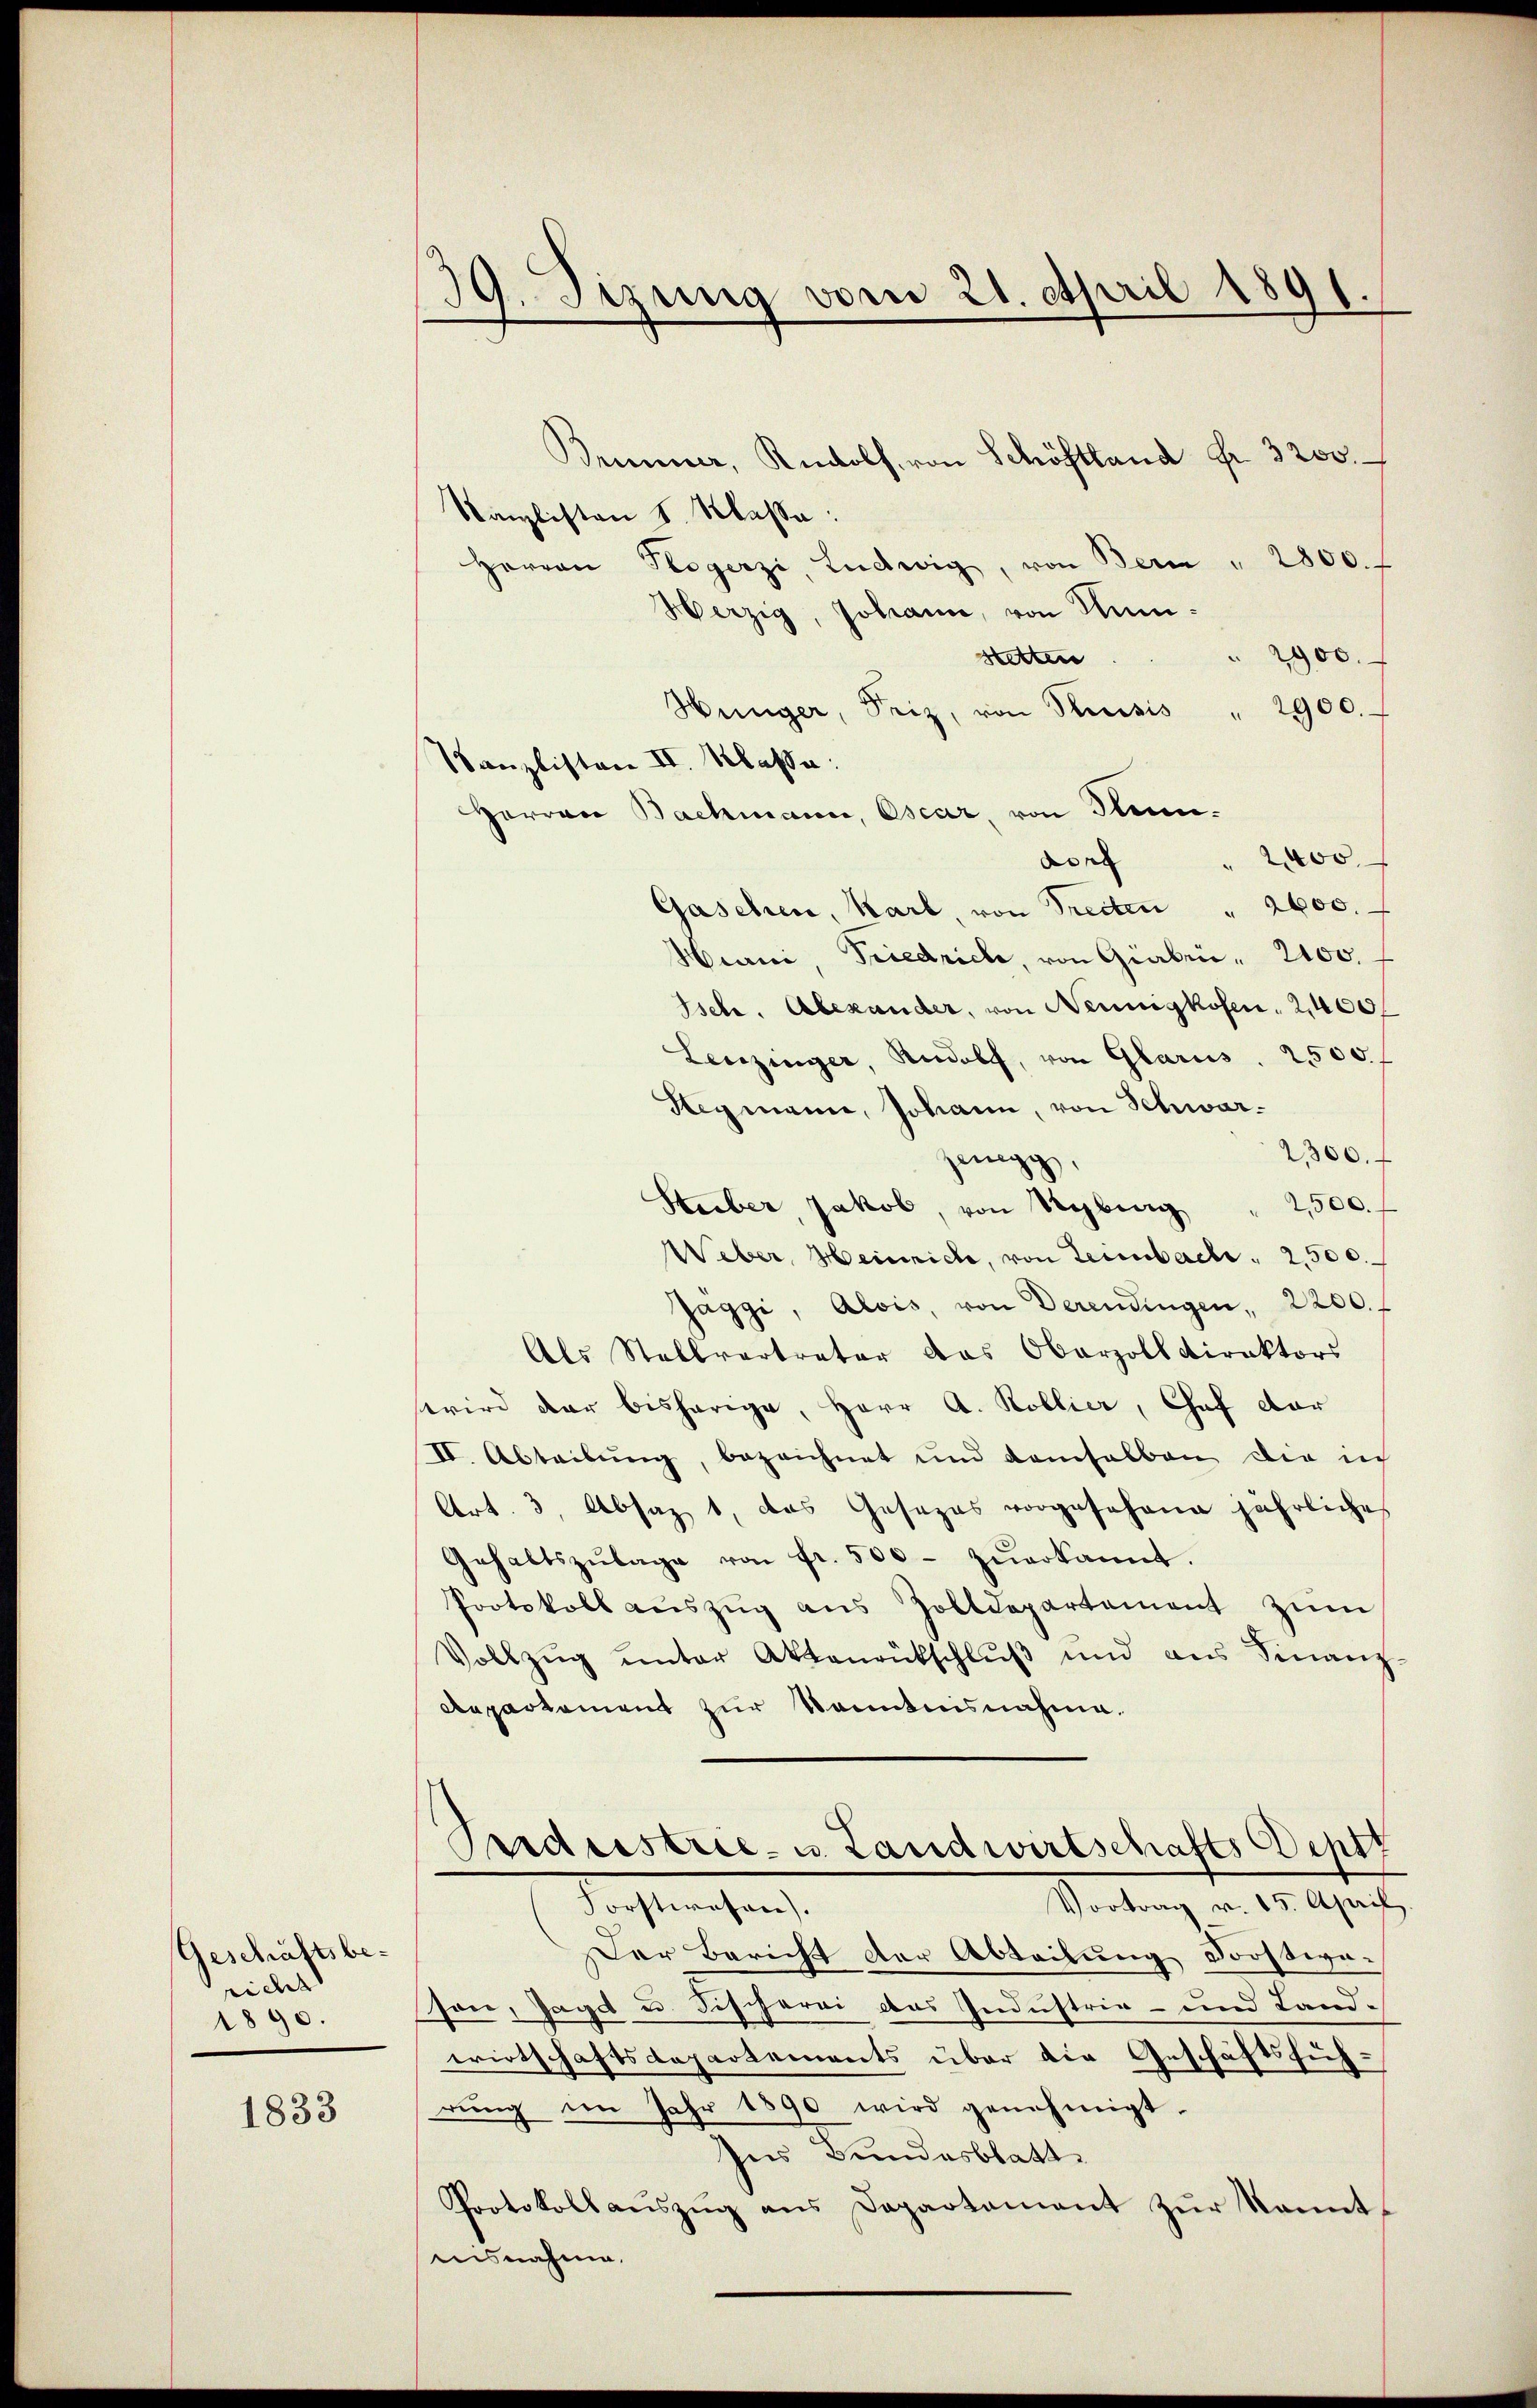
Geschäftsberichts
1890.

1833

99. Sizung vom 21. April 1891.
.

Brunner, Rudolf, von Schöftland Fr. 3200.
Kanzlisten S. Klasse:
Herren Progerzi, Ludwig, von Bern " 2800.
Herzig, Johann, von Mün¬
2900.
stetten
Weiniger, Seiz, von Reisis " 2900.
Kanzlisten II. Klaße:
Herren Bachmann, Oscar, von Sen¬
" 2400
don
Gaschen, Karl, von Trecten " 2400.
Hiani, Friedrich, von Graben. 2100.
Isch. Alexander, von Neunigkofen, 2,400f
Leuzinger, Rudolf, von Glarus. 2500f
Hegmann, Johann, von Schwar¬
2,300.
Zeigg,
2500.
Steeber Jakob, von Kyburg
Weber, Heinrich, von Leimbache, 2,500.
Jaggi, Alois, von Derendingen, 2200. f
Als Stellvertrator das Oberzolldirektors
wird der bisherige, Herr A. Kollier, Chef dar
II. Abteibung, bezeichnet und demselben die ic
Art. 3, Absaz 1, das Gesezes vorgesehene jährliche
Gehaltszŭlage von fr. 500 zŭerkannt.
Protokoll aŭszŭg aŭs Zolldepartement zŭm
Vollzŭg ŭnter Aktenrütschlŭβ ŭnd ans Finanz-
Departement zur Kenntnisnahme.
Perdristrie- u. Landwirtschafts Deptt
Vortrag v. 15. April.
drechtsmachen
Der Bericht der Abteilung Forstwason, Jagd u. Fischerei das Industrie- und Landwirtschaftsdepartements über die Geschäftsführŭng im Jahr 1890 wird genehmigt.
hes Bundesblatt.
Protokollaŭszŭg ans Departament zŭr kannt
nisnahme.